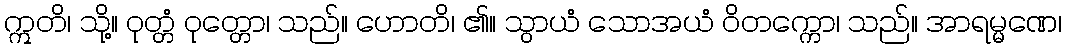
ဣတိ၊ သို့။ ဝုတ္တံ ဝုတ္တော၊ သည်။ ဟောတိ၊ ၏။ သွာယံ သောအယံ ဝိတက္ကော၊ သည်။ အာရမ္မဏေ၊